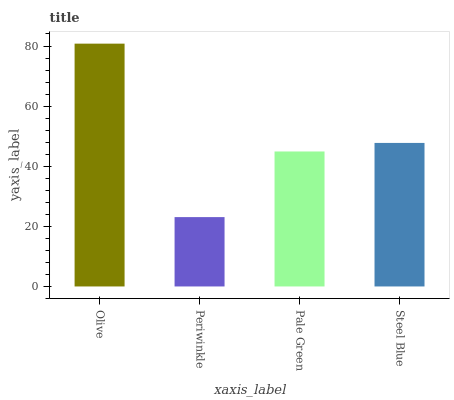
| xaxis_label | bars |
 | --- | --- |
 | Olive | 80.8 |
 | Periwinkle | 23.1 |
 | Pale Green | 44.9 |
 | Steel Blue | 47.8 |